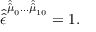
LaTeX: \hat { \hat { \epsilon } } ^ { \hat { \hat { \mu } } _ { 0 } \ldots \hat { \hat { \mu } } _ { 1 0 } } = 1 .